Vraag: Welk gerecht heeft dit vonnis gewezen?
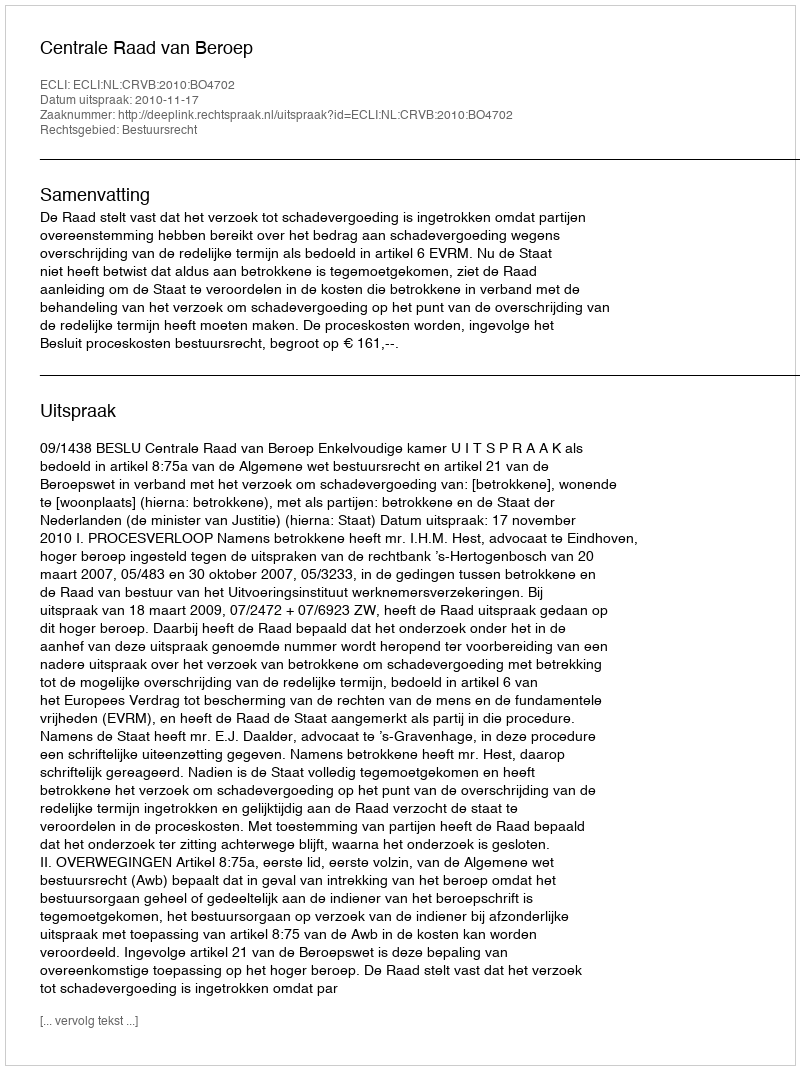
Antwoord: Centrale Raad van Beroep